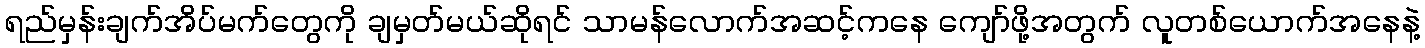
ရည်မှန်းချက်အိပ်မက်တွေကို ချမှတ်မယ်ဆိုရင် သာမန်လောက်အဆင့်ကနေ ကျော်ဖို့အတွက် လူတစ်ယောက်အနေနဲ့